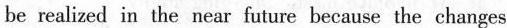
be realized in the near future because the changes